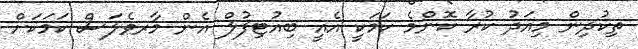
ތިކުދިން މިއަދު ކުރާ ކޮންމެ ކަމަކީ އެއީ ބިއުޓިފުލް އެން މާރވެލަސް ކަމަކަށް